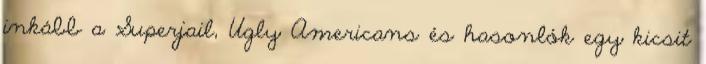
inkább a Superjail, Ugly Americans és hasonlók egy kicsit